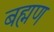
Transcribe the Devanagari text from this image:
बह्मण